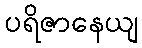
ပရိဇာနေယျ